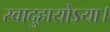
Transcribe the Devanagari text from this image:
स्वादुहायोऽया।